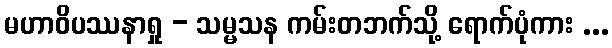
မဟာဝိပဿနာရှု - သမ္မသန ကမ်းတဘက်သို့ ရောက်ပုံကား ...